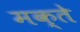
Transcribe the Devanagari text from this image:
मक्ते